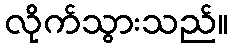
လိုက်သွားသည်။